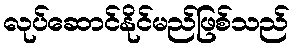
လုပ်ဆောင်နိုင်မည်ဖြစ်သည်